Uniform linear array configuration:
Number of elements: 16
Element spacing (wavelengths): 0.25
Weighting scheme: cosine
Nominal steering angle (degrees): -45
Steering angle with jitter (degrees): -43.232
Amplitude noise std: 0.05
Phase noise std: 0.05

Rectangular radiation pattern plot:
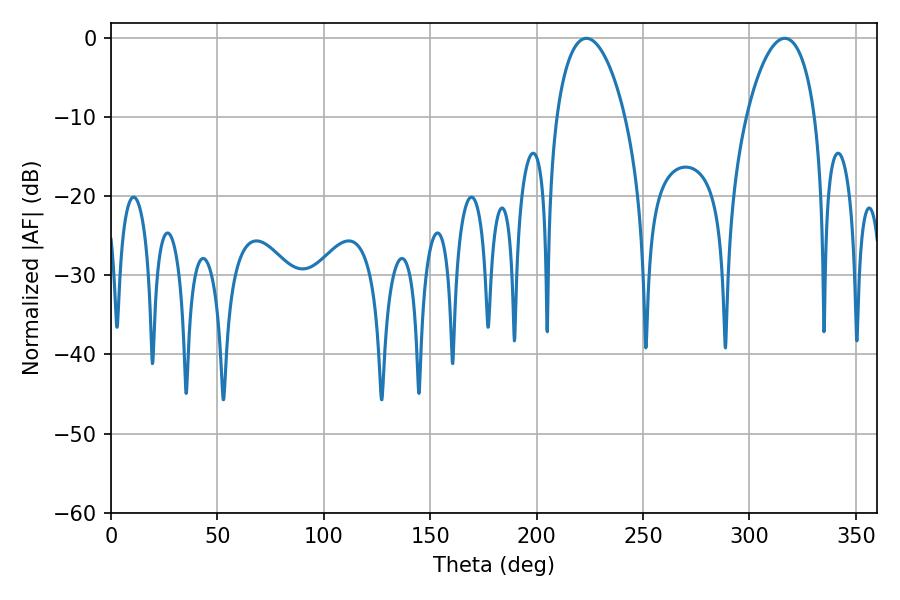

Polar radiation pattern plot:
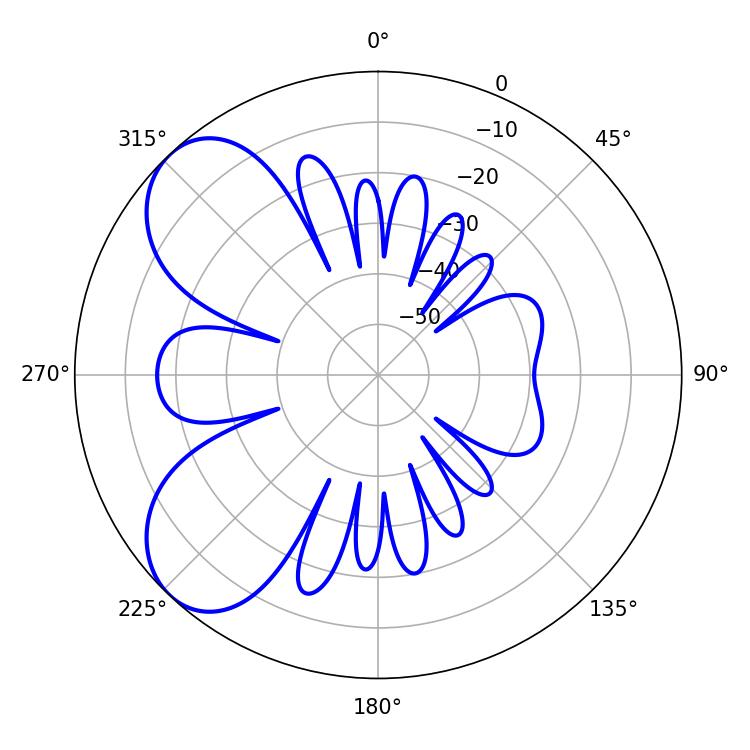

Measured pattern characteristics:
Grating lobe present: FALSE
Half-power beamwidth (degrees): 18.36
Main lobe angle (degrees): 223.38